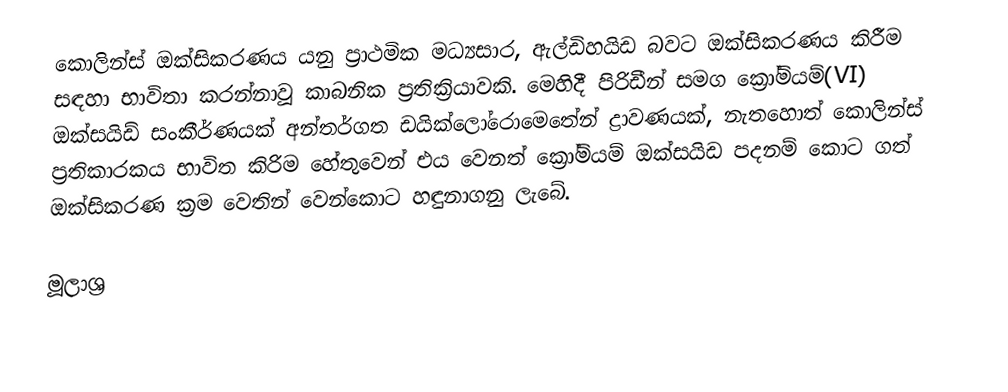
කොලින්ස් ඔක්සිකරණය යනු ප්‍රාථමික මධ්‍යසාර, ඇල්ඩිහයිඩ බවට ඔක්සිකරණය කිරීම සඳහා භාවිතා කරන්නාවූ කාබනික ප්‍රතික්‍රියාවකි. මෙහිදී පිරිඩීන් සමග ක්‍රෝමියම්(VI) ඔක්සයිඩ් සංකීර්ණයක් අන්තර්ගත ඩයික්ලෝරොමෙතේන් ද්‍රාවණයක්, නැතහොත් කොලින්ස් ප්‍රතිකාරකය භාවිත කිරිම හේතුවෙන් එය වෙනත් ක්‍රෝමියම් ඔක්සයිඩ පදනම් කොට ගත් ඔක්සිකරණ ක්‍රම වෙතින් වෙන්කොට හඳුනාගනු ලැබේ.

මූලාශ්‍ර